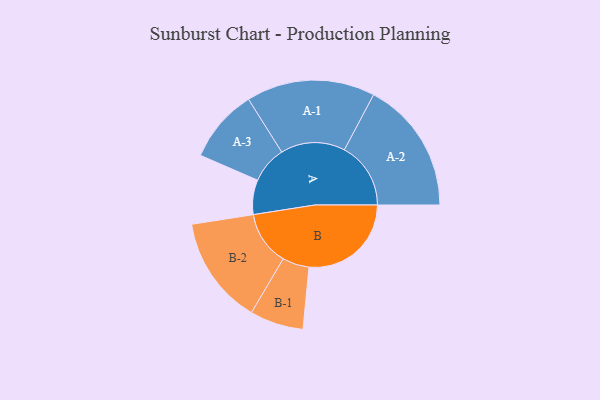
{"axis": {"x": "Segment", "y": "Value"}, "legend": ["", "A", "B"], "data": [{"x": "A", "y": 138, "type": ""}, {"x": "B", "y": 408, "type": ""}, {"x": "A-1", "y": 257, "type": "A"}, {"x": "A-2", "y": 265, "type": "A"}, {"x": "A-3", "y": 147, "type": "A"}, {"x": "B-1", "y": 107, "type": "B"}, {"x": "B-2", "y": 216, "type": "B"}]}